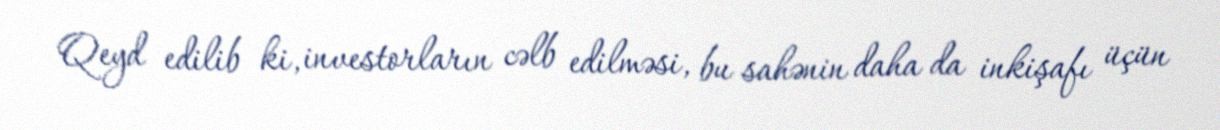
Qeyd edilib ki, investorların cəlb edilməsi, bu sahənin daha da inkişafı üçün